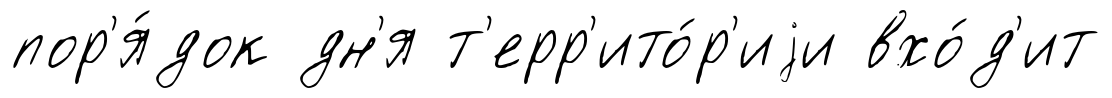
пор'я́док дн'я т'ерр'ито́р'иjи вхо́д'ит